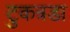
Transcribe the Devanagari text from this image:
टुकत्रडा